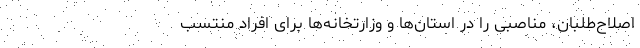
اصلاح‌طلبان، مناصبی را در استان‌ها و وزارتخانه‌ها برای افراد منتسب